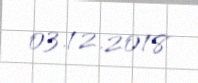
03.12.2018